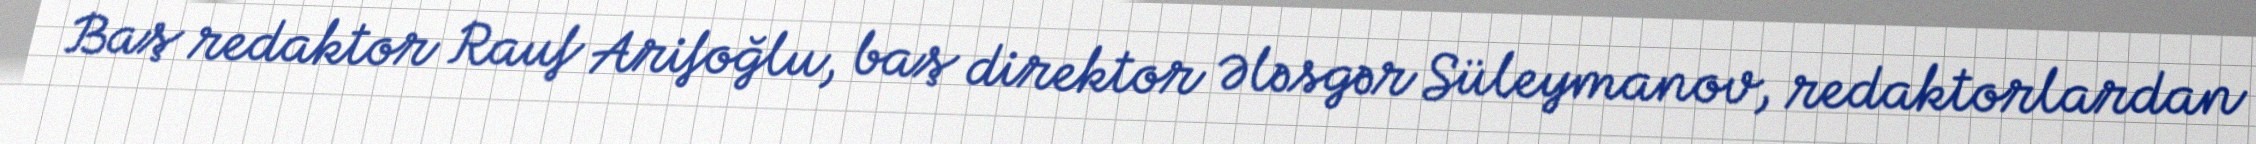
Baş redaktor Rauf Arifoğlu, baş direktor Ələsgər Süleymanov, redaktorlardan